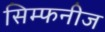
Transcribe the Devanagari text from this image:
सिम्फनीज